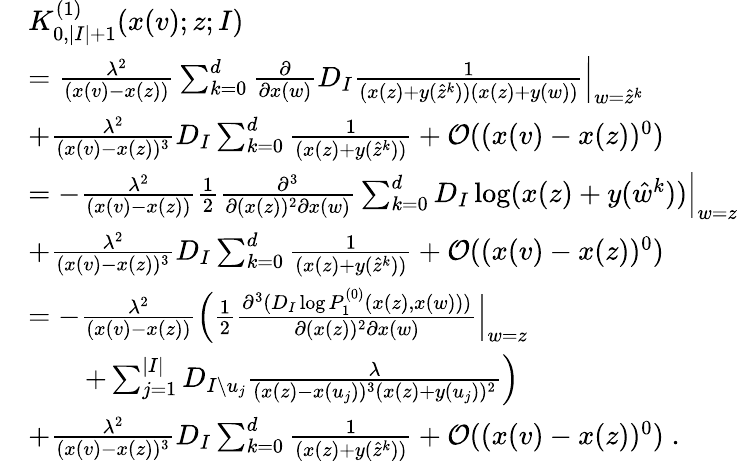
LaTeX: \begin{array}{rl}&{K_{0,|I|+1}^{(1)}(x(v);z;I)}\\ &{=\frac{\lambda^{2}}{(x(v)-x(z))}\sum_{k=0}^{d}\frac{\partial}{\partial x(w)}D_{I}\frac{1}{(x(z)+y(\hat{z}^{k}))(x(z)+y(w))}\Big|_{w=\hat{z}^{k}}}\\ &{+\frac{\lambda^{2}}{(x(v)-x(z))^{3}}D_{I}\sum_{k=0}^{d}\frac{1}{(x(z)+y(\hat{z}^{k}))}+\mathcal{O}((x(v)-x(z))^{0})}\\ &{=-\frac{\lambda^{2}}{(x(v)-x(z))}\frac{1}{2}\frac{\partial^{3}}{\partial(x(z))^{2}\partial x(w)}\sum_{k=0}^{d}D_{I}\log(x(z)+y(\hat{w}^{k}))\Big|_{w=z}}\\ &{+\frac{\lambda^{2}}{(x(v)-x(z))^{3}}D_{I}\sum_{k=0}^{d}\frac{1}{(x(z)+y(\hat{z}^{k}))}+\mathcal{O}((x(v)-x(z))^{0})}\\ &{=-\frac{\lambda^{2}}{(x(v)-x(z))}\Big(\frac{1}{2}\frac{\partial^{3}(D_{I}\log P_{1}^{(0)}(x(z),x(w)))}{\partial(x(z))^{2}\partial x(w)}\Big|_{w=z}}\\ &{\qquad+\sum_{j=1}^{|I|}D_{I\setminus u_{j}}\frac{\lambda}{(x(z)-x(u_{j}))^{3}(x(z)+y(u_{j}))^{2}}\Big)}\\ &{+\frac{\lambda^{2}}{(x(v)-x(z))^{3}}D_{I}\sum_{k=0}^{d}\frac{1}{(x(z)+y(\hat{z}^{k}))}+\mathcal{O}((x(v)-x(z))^{0})\; .}\end{array}